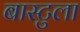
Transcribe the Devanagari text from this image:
बास्टुला